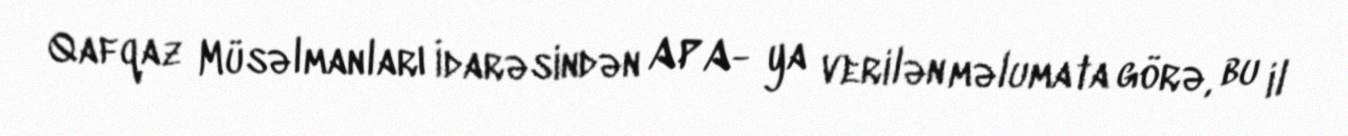
Qafqaz Müsəlmanları İdarəsindən APA- ya verilən məlumata görə, bu il